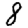
Digit: 8